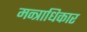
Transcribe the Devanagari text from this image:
मन्त्राधिकार